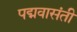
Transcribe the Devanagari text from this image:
पद्मवासंती